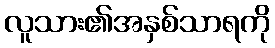
လူသား၏အနှစ်သာရကို